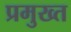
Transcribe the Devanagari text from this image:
प्रमुख्त